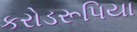
કરોડરૂપિયા